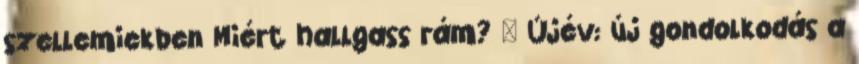
szellemiekben Miért hallgass rám? « Újév: új gondolkodás a